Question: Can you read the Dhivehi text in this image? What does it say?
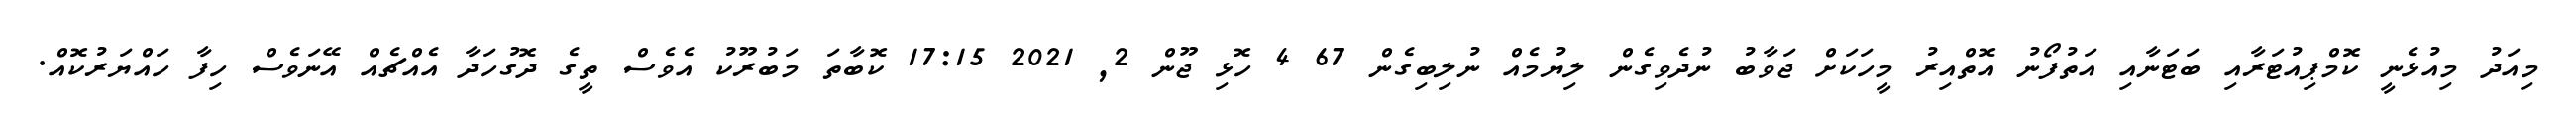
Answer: މިއަދު މިއުޅެނީ ކޮމްޕިއުޓަރާއި ބަޓަނާއި އަތުފޯނު އޮތްއިރު މީހަކަށް ޖަވާބު ނުދެވިގެން ލިޔުމެއް ނުލިބިގެން 67 4 ހޮޅި ޖޫން 2, 2021 17:15 ކޮބާތަ މަބުރޫކު އެވެސް ތީގެ ދޮގުހަދާ އެއްޗެއް އޭނަވެސް ހިފާ ހައްޔަރުކޮއް.